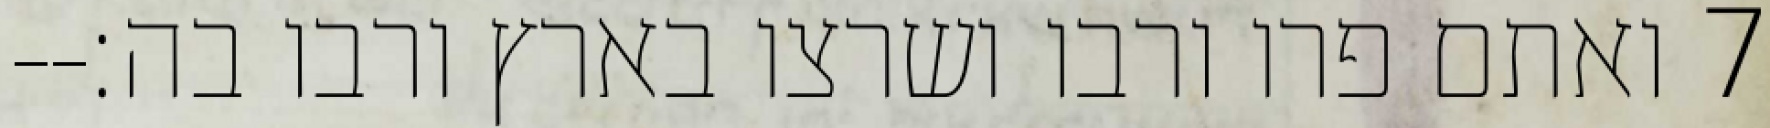
‎7‏ ואתם פרו ורבו ושרצו בארץ ורבו בה׃--